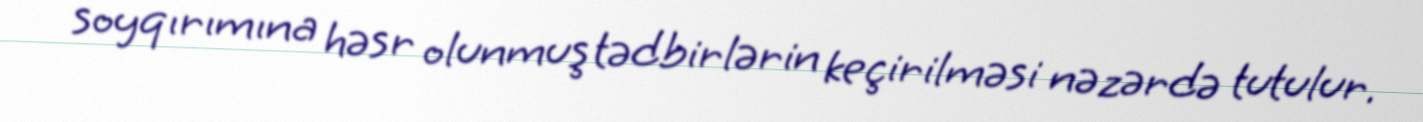
soyqırımına həsr olunmuş tədbirlərin keçirilməsi nəzərdə tutulur.